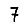
Digit: 7